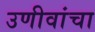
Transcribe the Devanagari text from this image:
उणीवांचा